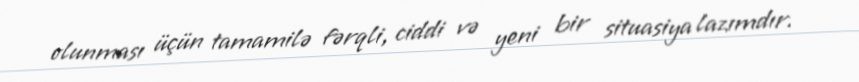
olunması üçün tamamilə fərqli, ciddi və yeni bir situasiya lazımdır.